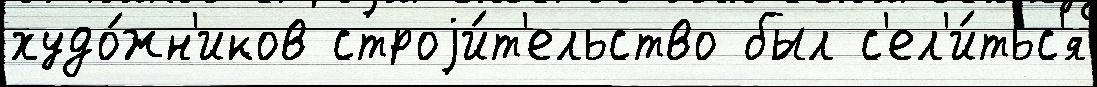
худо́жн'иков строjи́т'ельство был с'ел'и́тьс'я